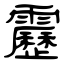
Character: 靂